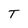
Character: T